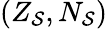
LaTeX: (Z_{\mathcal{S}},N_{\mathcal{S}})